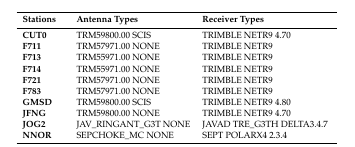
| Stations | Antenna Types | Receiver Types |
 | --- | --- | --- |
 | CUT0 | TRM59800.00 SCIS | TRIMBLE NETR9 4.70 |
 | F711 | TRM57971.00 NONE | TRIMBLE NETR9 |
 | F713 | TRM55971.00 NONE | TRIMBLE NETR9 |
 | F714 | TRM55971.00 NONE | TRIMBLE NETR9 |
 | F721 | TRM57971.00 NONE | TRIMBLE NETR9 |
 | F783 | TRM57971.00 NONE | TRIMBLE NETR9 |
 | GMSD | TRM59800.00 SCIS | TRIMBLE NETR9 4.80 |
 | JFNG | TRM59800.00 NONE | TRIMBLE NETR9 4.70 |
 | JOG2 | JAV_RINGANT_G3T NONE | JAVAD TRE_G3TH DELTA3.4.7 |
 | NNOR | SEPCHOKE_MC NONE | SEPT POLARX4 2.3.4 |